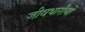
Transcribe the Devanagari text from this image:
जीवधारीयों